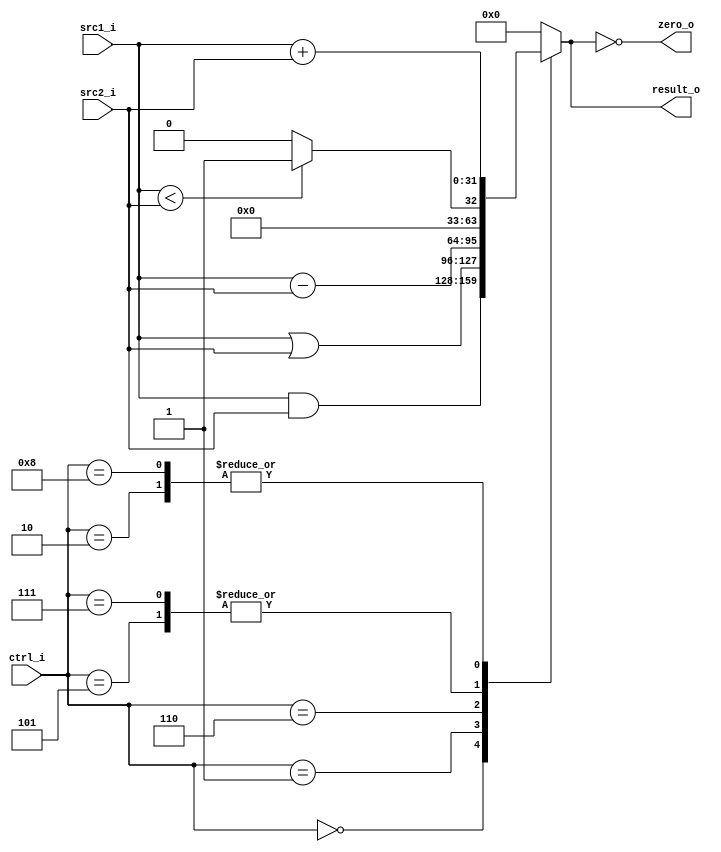
// 109550087
//Subject:     CO project 2 - ALU
//--------------------------------------------------------------------------------
//Version:     1
//--------------------------------------------------------------------------------
//Writer:      
//----------------------------------------------
//Date:        
//----------------------------------------------
//Description: 
//--------------------------------------------------------------------------------
`timescale 1ns/1ps
module ALU(
    src1_i,
	src2_i,
	ctrl_i,
	result_o,
	zero_o
	);
     
//I/O ports
input signed [32-1:0]  src1_i;
input signed [32-1:0]  src2_i;
input  [4-1:0]   ctrl_i;

output [32-1:0]	 result_o;
output           zero_o;
//Internal signals
reg    [32-1:0]  result_o;
wire             zero_o;

//Parameter
assign zero_o = (result_o == 0);
//Main function
always @(*) begin
	// add, addi, sub, and, or, slt, slti, beq
	case(ctrl_i)	
		0: result_o <= src1_i & src2_i; // and
		1: result_o <= src1_i | src2_i; // or
		2: result_o <= src1_i + src2_i; // add
	    // 4: result_o <= (src1_i == src2_i)? 1'b1:1'b0; // beq
		5: result_o <= (src1_i < src2_i)? 1'b1:1'b0; // slti		
		6: result_o <= src1_i - src2_i; // sub
		7: result_o <= (src1_i < src2_i)? 1'b1:1'b0; // slt
		8: result_o <= src1_i + src2_i; // addi
		default: result_o <= 0;
		
		
	endcase
end
endmodule